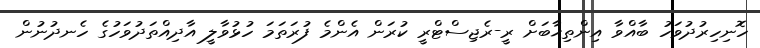
ހޮނިހިރުދުވަހު ބާއްވާ އިންތިޚާބަށް ރީ-ރެޖިސްޓްރީ ކުރަން އެންމެ ފުރަތަމަ ހުޅުވާލީ އާދިއްތަދުވަހުގެ ހެނދުނުން